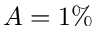
A = 1 \%